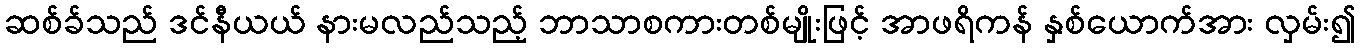
ဆစ်ခ်သည် ဒင်နီယယ် နားမလည်သည့် ဘာသာစကားတစ်မျိုးဖြင့် အာဖရိကန် နှစ်ယောက်အား လှမ်း၍